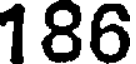
186